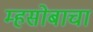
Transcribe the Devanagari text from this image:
म्हसोबाचा